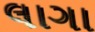
લાગા